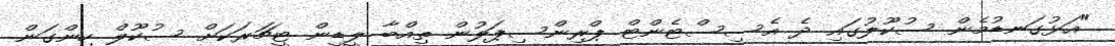
"އަޅުގަނޑުމެން ސުކޫލުގައި ދެ އެސިސްޓެންޓް ޕްރިންސިޕަލުން ތިއްބާ ލީޑީން ޓީޗަރަކަށް ސުކޫލް ހިންގަން